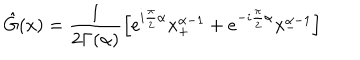
LaTeX: \hat { G } ( x ) = \frac { 1 } { 2 \Gamma ( \alpha ) } \left[ e ^ { i \frac { \pi } { 2 } \alpha } x _ { + } ^ { \alpha - 1 } + e ^ { - i \frac { \pi } { 2 } \alpha } x _ { - } ^ { \alpha - 1 } \right]